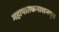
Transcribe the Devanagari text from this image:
महापातकनाशनम्‌॥